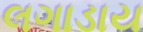
લગાડાય